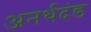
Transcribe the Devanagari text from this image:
अनर्थदंड